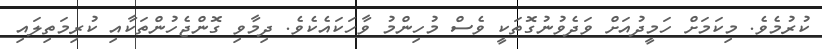
ކުރުމެވެ. މިކަމަށް ހަމީދުއަށް ވަދެވުނުގޮތަކީ ވެސް މުހިންމު ވާހަކައެކެވެ. ދިމާވި ގޮންޖެހުންތަކާއި ކުރިމަތިލައި